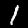
Label: 1